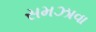
સમઝાવા